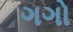
ગગો